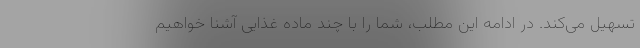
تسهیل می‌کند. در ادامه این مطلب، شما را با چند ماده غذایی آشنا خواهیم